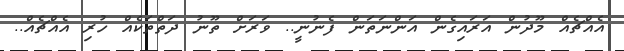
އެއްޗެއް މޫދުން އަރައިގެން އަންނަތަން ފެނުނީ.. ވަރަށް ތޫނު ދަތްތަކެއް ހުރި އެއްޗެއް..